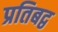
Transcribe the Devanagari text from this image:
प्रतिबद्व